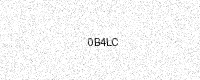
Text: 0B4LC